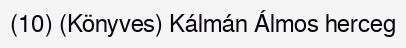
(10) (Könyves) Kálmán Álmos herceg